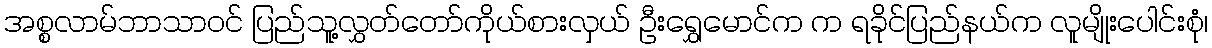
အစ္စလာမ်ဘာသာဝင် ပြည်သူ့လွှတ်တော်ကိုယ်စားလှယ် ဦးရွှေမောင်က က ရခိုင်ပြည်နယ်က လူမျိုးပေါင်းစုံ၊